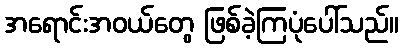
အရောင်းအဝယ်တွေ ဖြစ်ခဲ့ကြပုံပေါ်သည်။